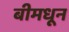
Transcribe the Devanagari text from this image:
बीमधून